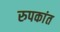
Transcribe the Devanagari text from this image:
रुपकांत